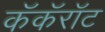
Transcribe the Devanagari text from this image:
कॅकॅरॉट